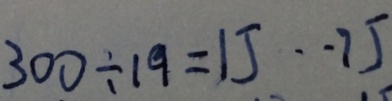
3 0 0 \div 1 9 = 1 5 \cdot 7 5